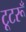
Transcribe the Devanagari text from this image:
टूटरूँ